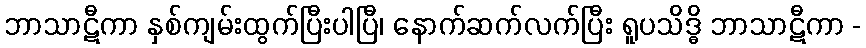
ဘာသာဋီကာ နှစ်ကျမ်းထွက်ပြီးပါပြီ၊ နောက်ဆက်လက်ပြီး ရူပသိဒ္ဓိ ဘာသာဋီကာ -